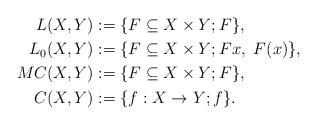
LaTeX: \begin{align*}L(X,Y)&:=\{F\subseteq X\times Y; F\},\\L_0(X,Y)&:=\{F\subseteq X\times Y; Fx,\ F(x)\},\\MC(X,Y)&:=\{F\subseteq X\times Y; F\},\\C(X,Y)&:=\{f:X\to Y; f\}.\end{align*}